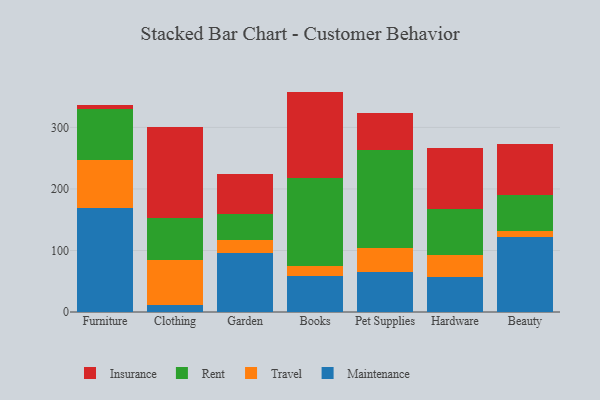
{"axis": {"x": "Category", "y": "Active Users"}, "legend": ["Insurance", "Maintenance", "Rent", "Travel"], "data": [{"x": "Furniture", "y": 169.4, "type": "Maintenance"}, {"x": "Furniture", "y": 77.6, "type": "Travel"}, {"x": "Furniture", "y": 82.6, "type": "Rent"}, {"x": "Furniture", "y": 7.6, "type": "Insurance"}, {"x": "Clothing", "y": 11.1, "type": "Maintenance"}, {"x": "Clothing", "y": 74.2, "type": "Travel"}, {"x": "Clothing", "y": 68.0, "type": "Rent"}, {"x": "Clothing", "y": 147.7, "type": "Insurance"}, {"x": "Garden", "y": 95.1, "type": "Maintenance"}, {"x": "Garden", "y": 22.7, "type": "Travel"}, {"x": "Garden", "y": 42.1, "type": "Rent"}, {"x": "Garden", "y": 64.7, "type": "Insurance"}, {"x": "Books", "y": 58.2, "type": "Maintenance"}, {"x": "Books", "y": 15.8, "type": "Travel"}, {"x": "Books", "y": 143.1, "type": "Rent"}, {"x": "Books", "y": 141.1, "type": "Insurance"}, {"x": "Pet Supplies", "y": 64.4, "type": "Maintenance"}, {"x": "Pet Supplies", "y": 40.2, "type": "Travel"}, {"x": "Pet Supplies", "y": 158.8, "type": "Rent"}, {"x": "Pet Supplies", "y": 59.9, "type": "Insurance"}, {"x": "Hardware", "y": 56.7, "type": "Maintenance"}, {"x": "Hardware", "y": 36.0, "type": "Travel"}, {"x": "Hardware", "y": 75.4, "type": "Rent"}, {"x": "Hardware", "y": 99.1, "type": "Insurance"}, {"x": "Beauty", "y": 121.7, "type": "Maintenance"}, {"x": "Beauty", "y": 9.3, "type": "Travel"}, {"x": "Beauty", "y": 59.9, "type": "Rent"}, {"x": "Beauty", "y": 82.3, "type": "Insurance"}]}